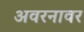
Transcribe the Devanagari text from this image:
अवरनावर